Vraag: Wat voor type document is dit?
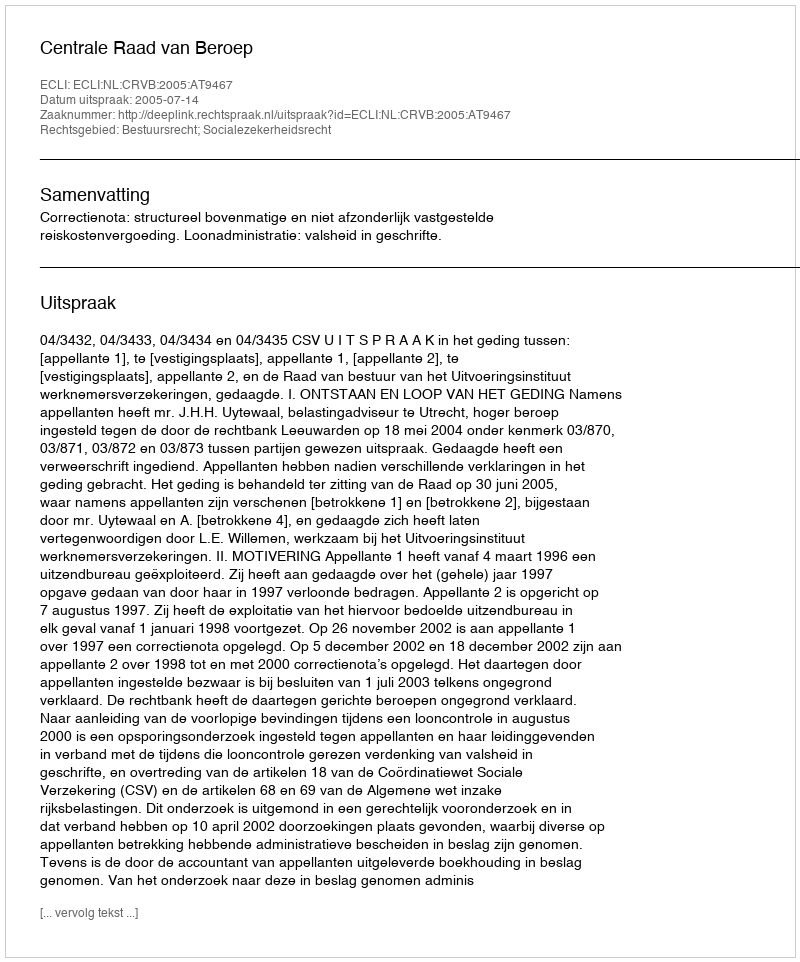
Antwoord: Uitspraak